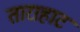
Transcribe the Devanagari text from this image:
ताराहाट